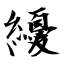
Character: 纋